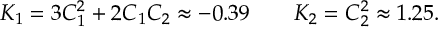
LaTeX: K _ { 1 } = 3 C _ { 1 } ^ { 2 } + 2 C _ { 1 } C _ { 2 } \approx - 0 . 3 9 \qquad K _ { 2 } = C _ { 2 } ^ { 2 } \approx 1 . 2 5 .